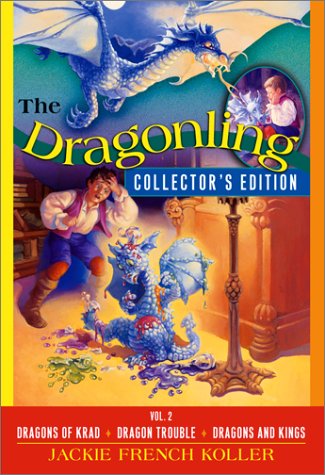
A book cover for The Dragonling Collector's Edition: Volume 2; Jackie French Koller; Children's Books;